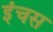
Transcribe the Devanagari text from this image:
इंचस